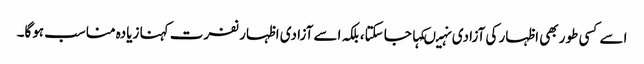
اسے کسی طور بھی اظہار کی آزادی نہیںکہا جا سکتا،بلکہ اسے آزادی اظہار نفرت کہنا زیادہ مناسب ہوگا۔